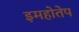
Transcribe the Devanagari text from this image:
इमहोतेप